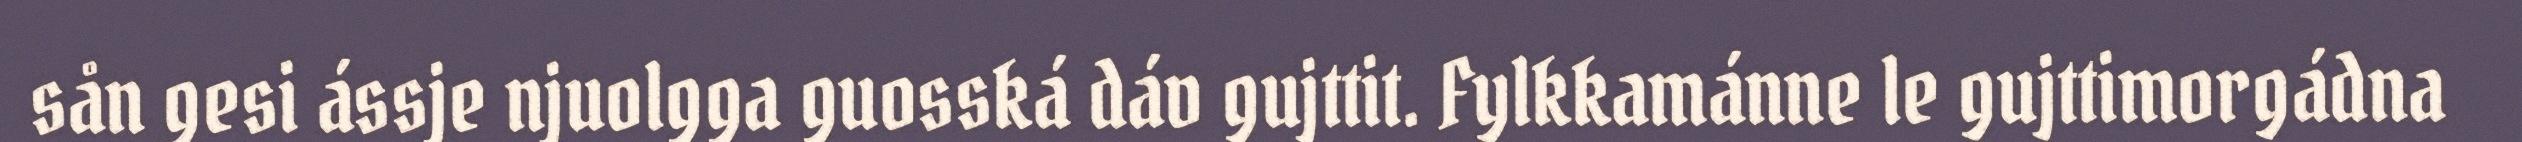
sån gesi ássje njuolgga guosská dáv gujttit. Fylkkamánne le gujttimorgádna